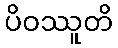
ပိဝဿူတိ